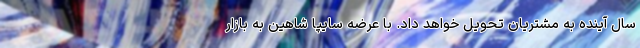
سال آینده به مشتریان تحویل خواهد داد. با عرضه سایپا شاهین به بازار